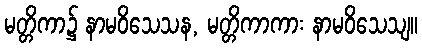
မတ္တိကာ၌ နာမဝိသေသန, မတ္တိကာကား နာမဝိသေသျ။